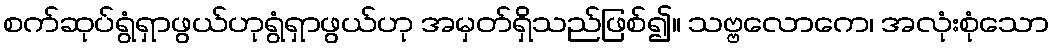
စက်ဆုပ်ရွံရှာဖွယ်ဟုရွံရှာဖွယ်ဟု အမှတ်ရှိသည်ဖြစ်၍။ သဗ္ဗလောကေ၊ အလုံးစုံသော